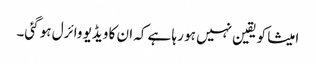
امیشا کو یقین نہیں ہو رہا ہے کہ ان کا ویڈیو وائرل ہو گئی۔